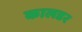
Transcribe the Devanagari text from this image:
कालडर